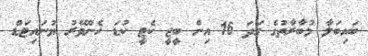
ބައިބަލާ މުބާރާތުގެ ގަދަ 16 އިން ބީޖީ ކެޓީ ކުޑަ ހެންވޭރު ޔުނައިޓަޑް